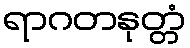
ရာဂတနုတ္တံ